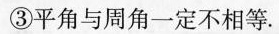
③平角与周角一定不相等.